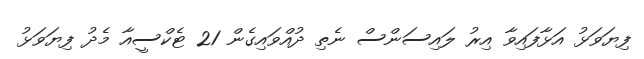
ފިޔަވަޅު އަޅާފައިވާ އިރު ލައިސަންސް ނެތި ދުއްވައިގެން 21 ޓެކްސީއާ މެދު ފިޔަވަޅު